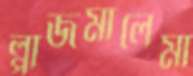
প্লাজমালেমা